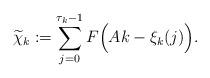
LaTeX: \begin{align*}\widetilde{\chi}_k:=\sum_{j=0}^{\tau_k-1}F\Big(Ak-\xi_k(j)\Big).\end{align*}